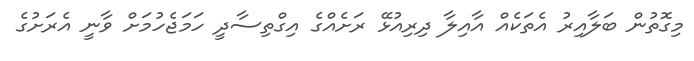
މިގޮތުން ބަލާއިރު އެތަކެއް އާއިލާ ދިރިއުޅޭ ރަށެއްގެ އިގްތިސާދީ ހަމަޖެހުމަށް ވާނީ އެރަށުގެ